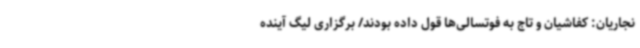
نجاریان: کفاشیان و تاج به فوتسالی‌ها قول داده بودند/ برگزاری لیگ آینده